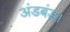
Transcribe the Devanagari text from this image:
अंडबंड।